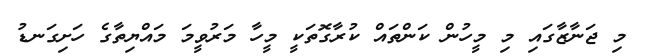
މި ޖަނާޒާގައި މި މީހުން ކަންތައް ކުރާގޮތަކީ މީހާ މަރުވީމަ މައްޔިތާގެ ހަށިގަނޑު